Insane asylums in Bengal annual reports 1876-1887 - 1876-1887
Year: 1876
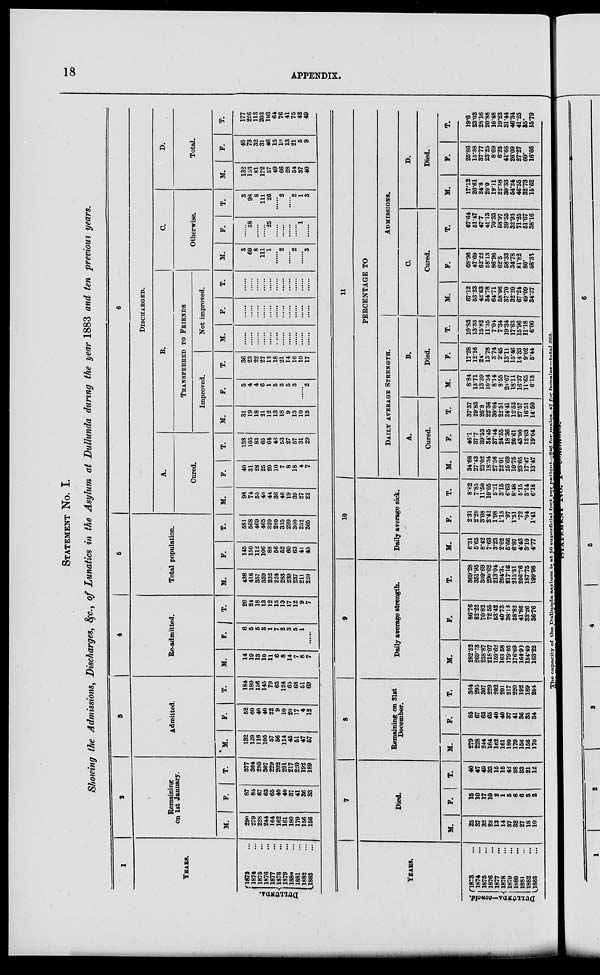
18
APPENDIX.
STATEMENT No. I.
Showing the Admissions, Discharges, &c., of Lunatics in the Asylum at Dullunda during the year 1883 and ten previous years.
1
YEARS.
DULLUNDA.
1873 ...
1874 ...
1875 ...
1876 ...
1877 ...
1878 ...
1879 ...
1880 ...
1881 ...
1882 ...
1883 ...
2
Remaining
on 1st January.
M.
290
279
228
244
164
162
161
180
179
156
156
F.
87
85
67
63
65
40
40
37
41
36
33
T.
377
364
295
307
229
202
201
217
220
192
189
3
Admitted.
M.
132
120
116
105
57
56
114
45
51
47
57
F.
52
60
40
40
22
9
10
20
17
4
12
T.
184
180
156
145
79
65
124
65
68
51
69
4
Re-admitted.
M.
14
19
13
10
11
6
8
14
7
8
7
F.
6
5
5
3
1
7
2
3
5
1
......
T.
20
24
18
13
12
13
10
17
12
9
7
5
Total population.
M.
436
418
357
359
232
224
283
239
237
211
220
F.
145
150
112
106
88
56
52
60
63
41
45
T.
581
568
469
465
320
280
335
299
300
252
265
6
Discharged.
A.
Cured.
M.
98
74
55
40
44
36
46
19
39
27
22
F.
40
31
28
25
20
10
7
8
18
4
7
T.
138
105
83
65
64
46
53
27
57
31
29
B.
Transferred to Friends
Improved.
M.
31
19
18
21
12
13
18
9
13
10
15
F.
5
4
4
6
1
5
3
5
3
......
2
T.
36
23
22
27
13
18
21
14
16
10
17
Not improved.
M.
......
......
......
......
......
......
......
......
......
......
......
F.
......
......
......
......
......
......
......
......
......
......
......
T.
......
......
......
......
......
......
......
......
......
......
......
C.
Otherwise.
M.
3
60
8
111
1
......
2
......
2
......
3
F.
......
38
......
......
25
......
......
......
......
1
......
T.
3
98
8
111
26
......
2
......
2
1
3
D.
Total.
M.
132
153
81
172
57
49
66
28
54
37
40
F.
45
73
32
31
46
15
10
13
21
5
9
T.
177
226
113
203
103
64
76
41
75
42
49
YEARS.
DULLUNDA—concld.
1873 ...
1874 ...
1875 ...
1876 ...
1877 ...
1878 ...
1879 ...
1880 ...
1881 ...
1882 ...
1883 ...
7
Died.
M.
25
37
32
23
13
14
37
32
27
18
10
F.
15
10
17
10
2
1
5
6
6
3
2
T.
40
47
49
33
15
15
42
38
33
21
12
8
Remaining on 31st
December.
M.
279
228
244
164
162
161
180
179
156
156
170
F.
85
67
63
65
40
40
37
41
36
33
34
T.
364
295
307
229
202
201
217
220
192
189
204
9
Daily average strength.
M.
282.52
269.78
238.87
218.07
159.62
163.58
179.03
176.69
164.90
154.49
163.22
F.
86.76
82.22
70.82
72.55
53.42
40.73
38.18
38.82
41.86
33.26
36.76
T.
369.28
351.95
309.69
290.62
213.04
204.34
217.16
215.51
206.76
187.75
199.98
10
Daily average sick.
M.
6.31
5.65
8.42
7.63
3.23
2.02
5.66
6.97
4.43
8.10
4.77
F.
2.31
2.20
3.08
2.42
1.98
1.13
.97
1.51
.72
.04
1.41
T.
8.62
7.85
11.50
10.05
5.21
3.15
6.63
8.48
5.15
3.14
6.18
11
PERCENTAGE TO
DAILY AVERAGE STRENGHT.
A.
Cured.
M.
34.68
27.43
23.02
18.34
27.56
22.01
25.69
10.75
23.65
17.47
13.47
F.
46.1
37.7
39.53
34.45
37.44
24.55
18.36
20.61
43.00
12.03
19.04
T.
37.37
29.83
26.8
22.36
30.04
22.51
24.41
12.53
27.57
16.51
14.50
B.
Died.
M.
8.84
13.71
13.39
10.54
8.14
8.55
20.67
18.11
16.37
11.65
6.13
F.
17.28
12.16
24.
13.78
3.74
2.45
1311
15.46
1433
9.02
6.44
T.
10.83
13.35
15.82
11.35
7.04
7.34
19.34
17.63
15.96
11.18
6.00
ADMISSIONS.
C.
Cured.
M.
67.12
53.23
42.63
34.78
64.71
58.06
87.70
32.20
67.24
49.09
34.37
F.
68.96
47.69
62.22
58.13
86.96
62.5
58.33
34.78
81.82
80.
58.33
T.
67.64
51.47
47.7
41.13
70.33
58.97
39.55
32.93
71.25
51.67
38.16
D.
Died.
M.
17.12
26.61
24.8
20.0
19.11
22.58
30.33
54.24
46.55
32.73
15.62
F.
25.86
15.38
37.77
23.25
8.69
6.25
41.66
26.09
27.27
60.
16.66
T.
19.6
23.03
28.16
20.88
16.48
19.23
31.44
46.34
41.25
35.
15.79
The capacity of the Dullunda. asylum is at 50 superficial feet per patient—246 for males, 47 for females—total 293.